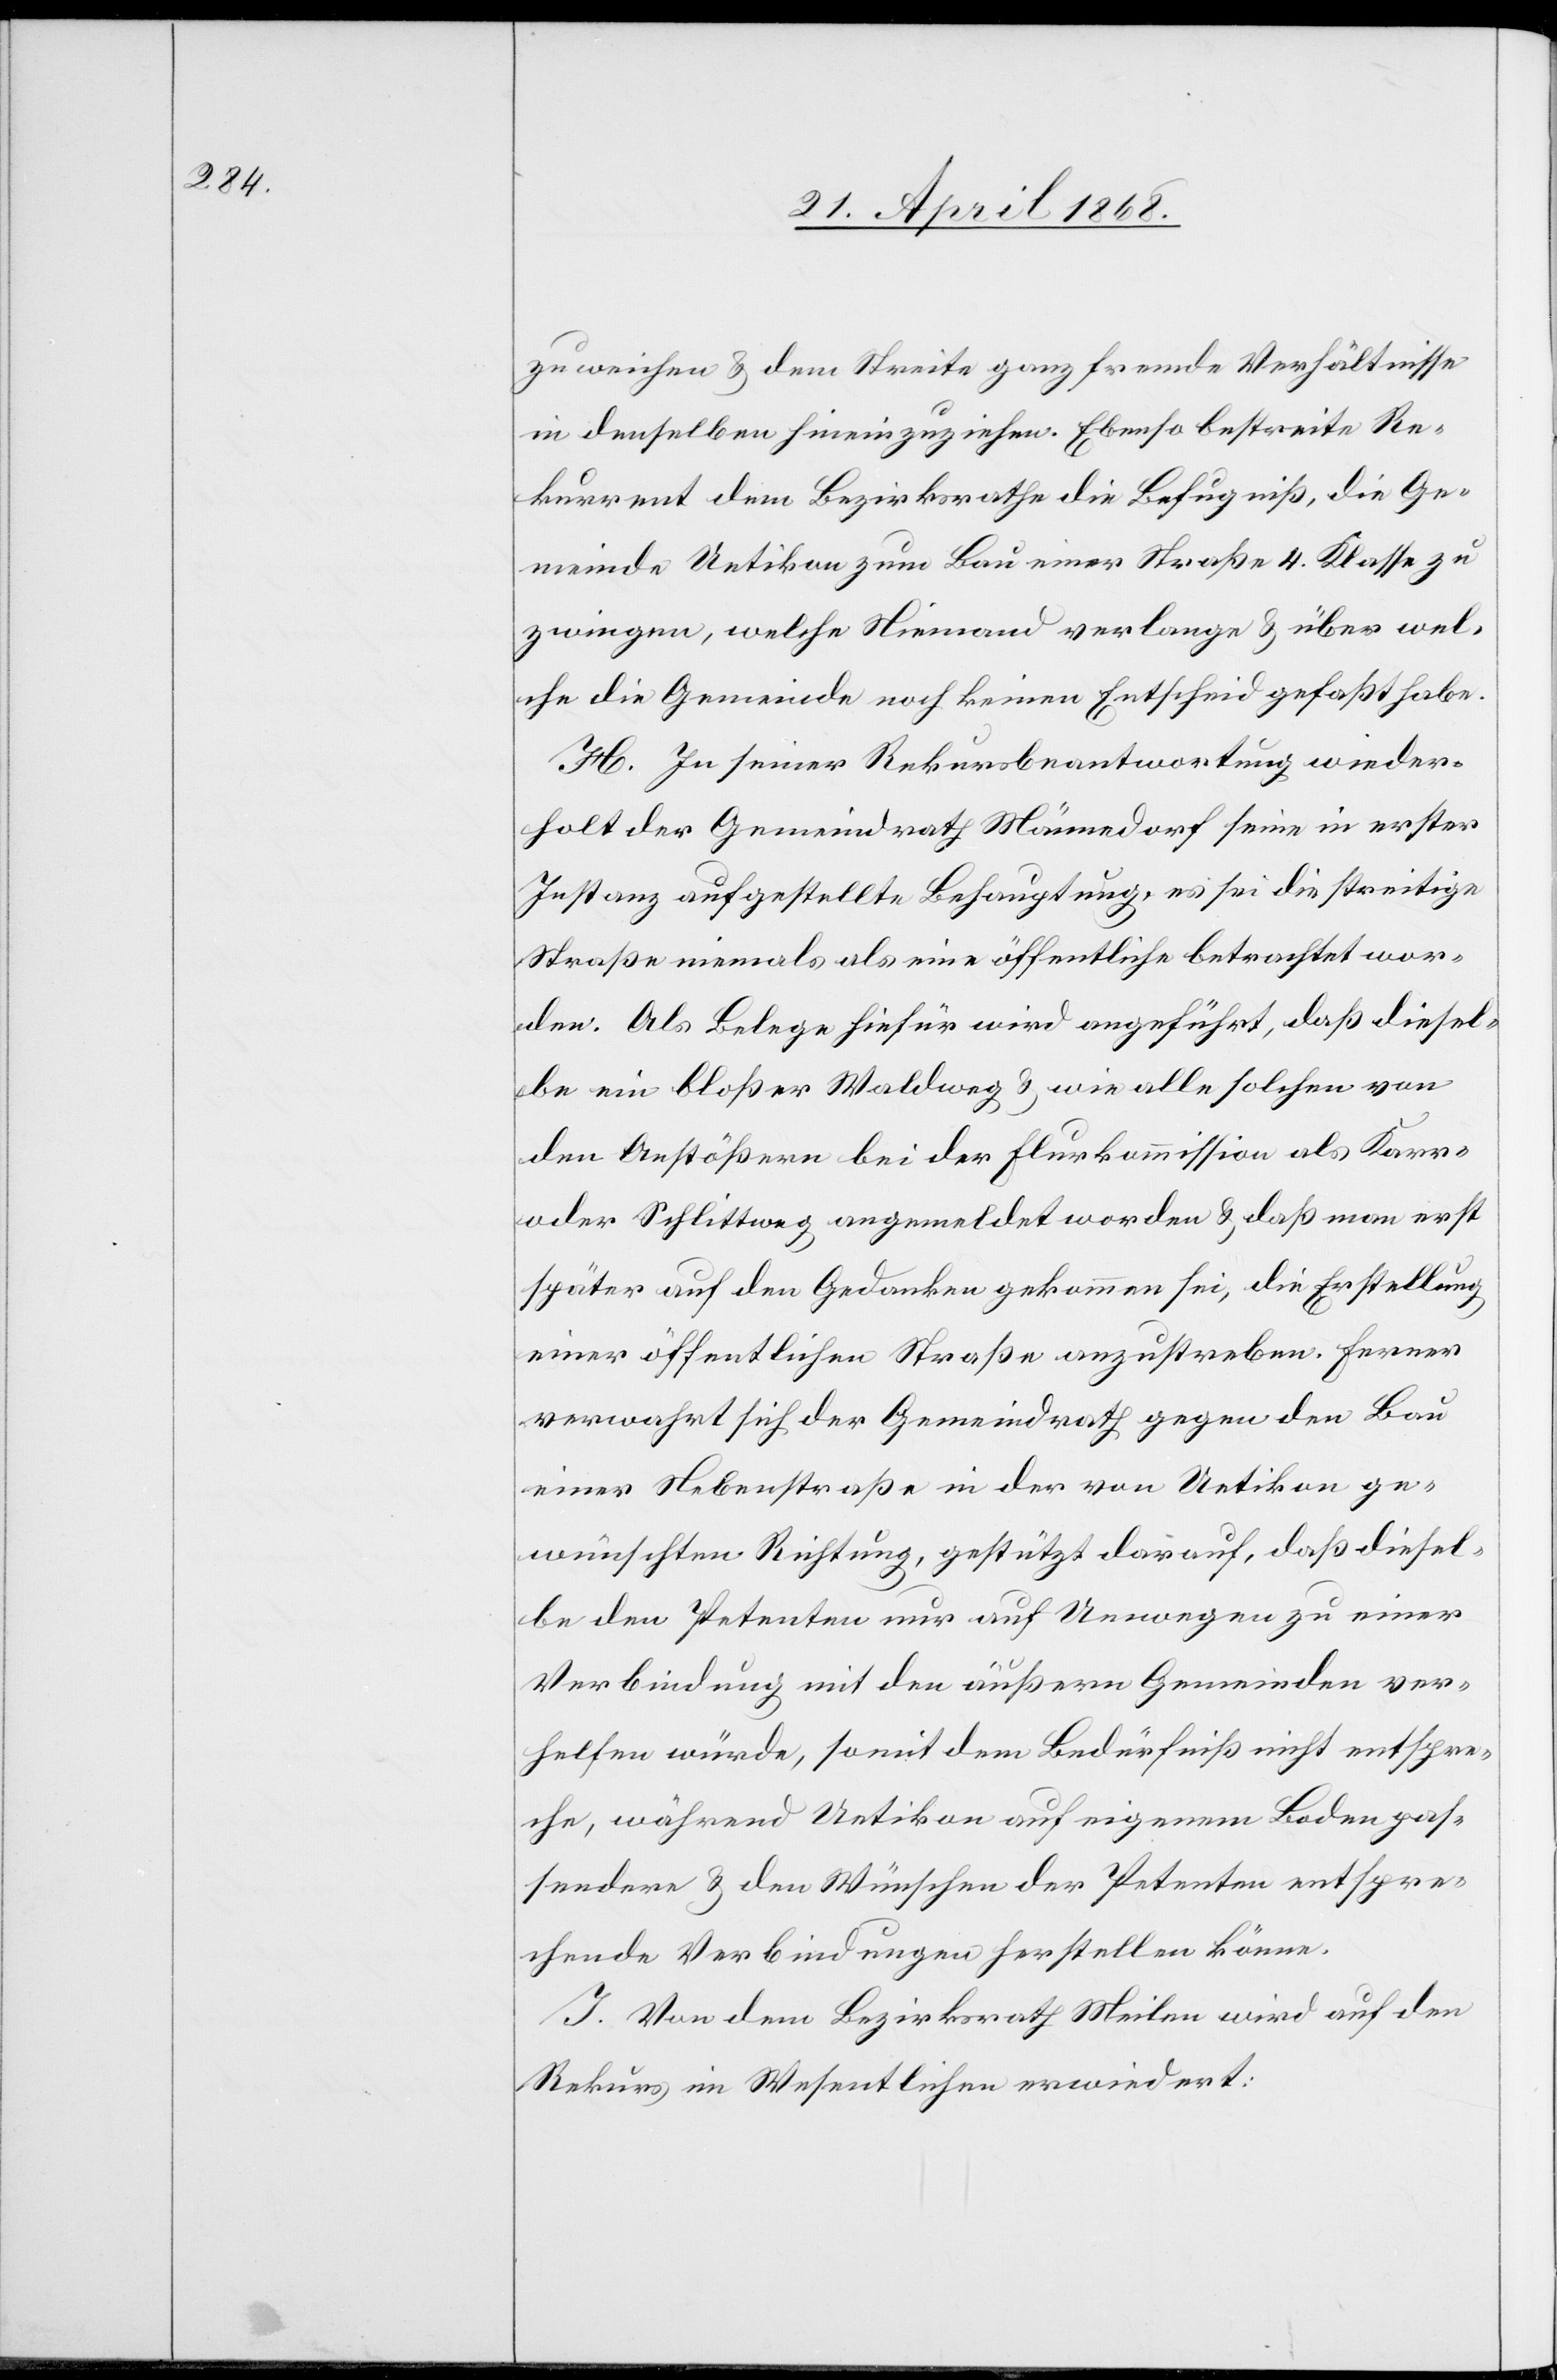
zuweichen & dem Streite ganz fremde Verhältnisse
in denselben hineinzuziehen. Ebenso bestreite Re¬
kurrent dem Bezirksrathe die Befugniß, die Ge¬
meinde Uetikon zum Bau einer Straße 4. Klasse zu
zwingen, welche Niemand verlange & über wel¬
che die Gemeinde noch keinen Entscheid gefaßt habe.
H. In seiner Rekursbeantwortung wieder¬
holt der Gemeindrath Männedorf seine in erster
Instanz aufgestellte Behauptung, es sei die streitige
Straße niemals als eine öffentliche betrachtet wor¬
den. Als Belege hiefür wird angeführt, daß diesel¬
be ein bloßer Waldweg & wie alle solchen von
den Anstößern bei der Flurkommission als Karr-
oder Schlittweg angemeldet worden & daß man erst
später auf den Gedanken gekommen sei, die Erstellung
einer öffentlichen Straße anzustreben. Ferner
verwahrt sich der Gemeindrath gegen den Bau
einer Nebenstraße in der von Uetikon ge¬
wünschten Richtung, gestützt darauf, daß diesel¬
be den Petenten nur auf Umwegen zu einer
Verbindung mit den äußern Gemeinden ver¬
helfen würde, somit dem Bedürfniß nicht entspre¬
che, während Uetikon auf eigenem Boden pas¬
sendere & den Wünschen der Petenten entspre¬
chende Verbindungen herstellen könne.
I. Von dem Bezirksrath Meilen wird auf den
Rekurs im Wesentlichen erwiedert: